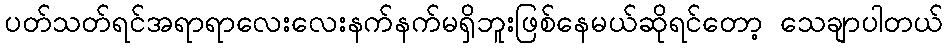
ပတ်သတ်ရင်အရာရာလေးလေးနက်နက်မရှိဘူးဖြစ်နေမယ်ဆိုရင်တော့ သေချာပါတယ်